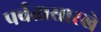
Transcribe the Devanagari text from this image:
पर्वतासारखे